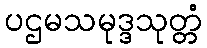
ပဌမသမုဒ္ဒသုတ္တံ